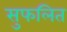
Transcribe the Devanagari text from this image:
सुफलित